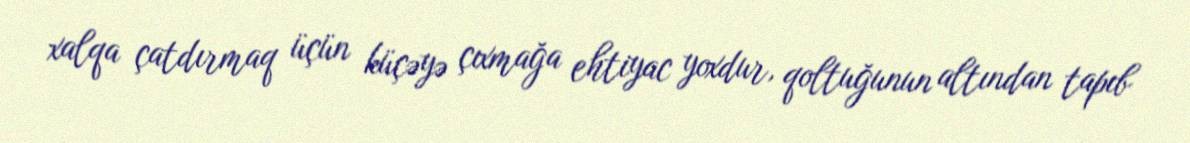
xalqa çatdırmaq üçün küçəyə çıxmağa ehtiyac yoxdur, qoltuğunun altından tapıb